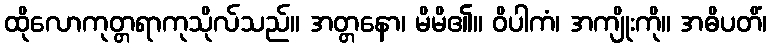
ထိုလောကုတ္တရာကုသိုလ်သည်။ အတ္တနော၊ မိမိ၏။ ဝိပါကံ၊ အကျိုးကို။ အဓိပတိံ၊